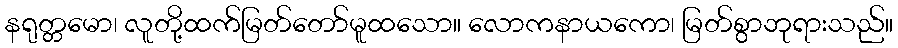
နရုတ္တမော၊ လူတို့ထက်မြတ်တော်မူထသော။ လောကနာယကော၊ မြတ်စွာဘုရားသည်။